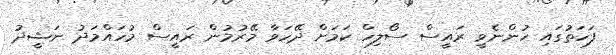
ފަހަތުގައި ހުންނެވީ ރައީސް ސޯލިހް ކަމަށް ދޭހަވާ މޭރުމުން ރައީސް މުހައްމަދު ނަޝީދު